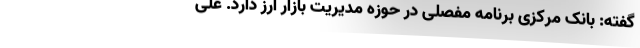
گفته: بانک مرکزی برنامه مفصلی در حوزه مدیریت بازار ارز دارد. علی